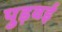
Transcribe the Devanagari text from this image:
पुड़वई